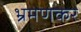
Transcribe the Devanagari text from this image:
भ्रमणकर